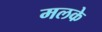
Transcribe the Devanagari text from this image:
मलके